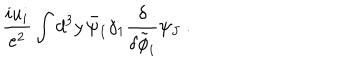
\frac { i u _ { i } } { e ^ { 2 } } \int d ^ { 3 } y \, \bar { \psi } _ { I } \gamma _ { 1 } \frac { \delta } { \delta \tilde { \phi } _ { i } } \psi _ { J } \ .